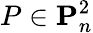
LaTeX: P\in\mathbf{P}_{n}^{2}